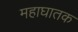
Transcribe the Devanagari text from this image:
महाघातक